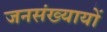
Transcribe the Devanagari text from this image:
जनसंख्यायों